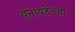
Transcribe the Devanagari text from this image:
युनायटेच्या